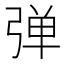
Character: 弹